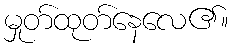
မှုတ်ထုတ်နေလေ၏။